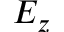
E _ { z }